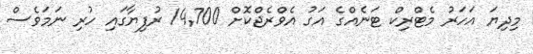
މިދިޔަ އަހަރު މެޓްރިކް ޓަނެއްގެ އަގު އެވްރެޖްކޮށް 14